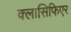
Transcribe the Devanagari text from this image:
क्लासिफिएर